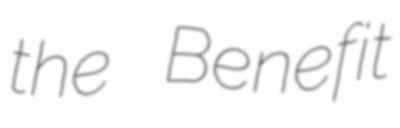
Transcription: the Benefit